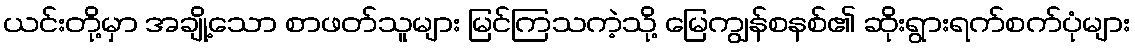
ယင်းတို့မှာ အချို့သော စာဖတ်သူများ မြင်ကြသကဲ့သို့ မြေကျွန်စနစ်၏ ဆိုးရွားရက်စက်ပုံများ